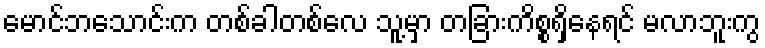
မောင်ဘသောင်းက တစ်ခါတစ်လေ သူ့မှာ တခြားကိစ္စရှိနေရင် မလာဘူးကွ